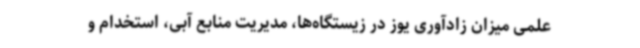
علمی میزان زادآوری یوز در زیستگاه‌ها، مدیریت منابع آبی، استخدام و